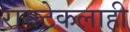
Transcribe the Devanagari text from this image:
रामटेकलाही